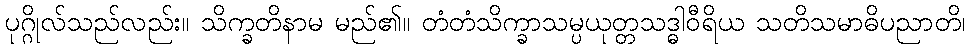
ပုဂ္ဂိုလ်သည်လည်း။ သိက္ခတိနာမ မည်၏။ တံတံသိက္ခာသမ္ပယုတ္တသဒ္ဓါဝီရိယ သတိသမာဓိပညာတိ၊